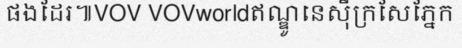
ផងដែរ៕VOV VOVworldឥណ្ឌូនេស៊ីក្រសែភ្នែក